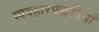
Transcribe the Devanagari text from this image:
व्यवहारपद्धतियाँ